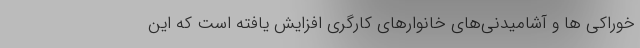
خوراکی ها و آشامیدنی‌های خانوارهای کارگری افزایش یافته است که این